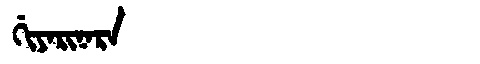
Manchu: ᡤᡳᠶᠠᡵᡳᠨᠠᡵᠠ
Romanization: GIYARINARA